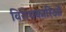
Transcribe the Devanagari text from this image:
विरोधकारिओं